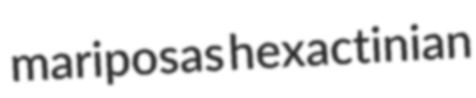
mariposas hexactinian